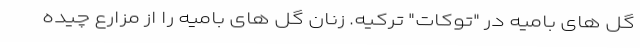
گل های بامیه در "توکات" ترکیه. زنان گل های بامیه را از مزارع چیده